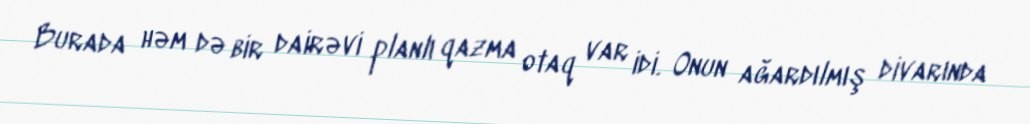
Burada həm də bir dairəvi planlı qazma otaq var idi. Onun ağardılmış divarında